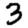
Digit: 3